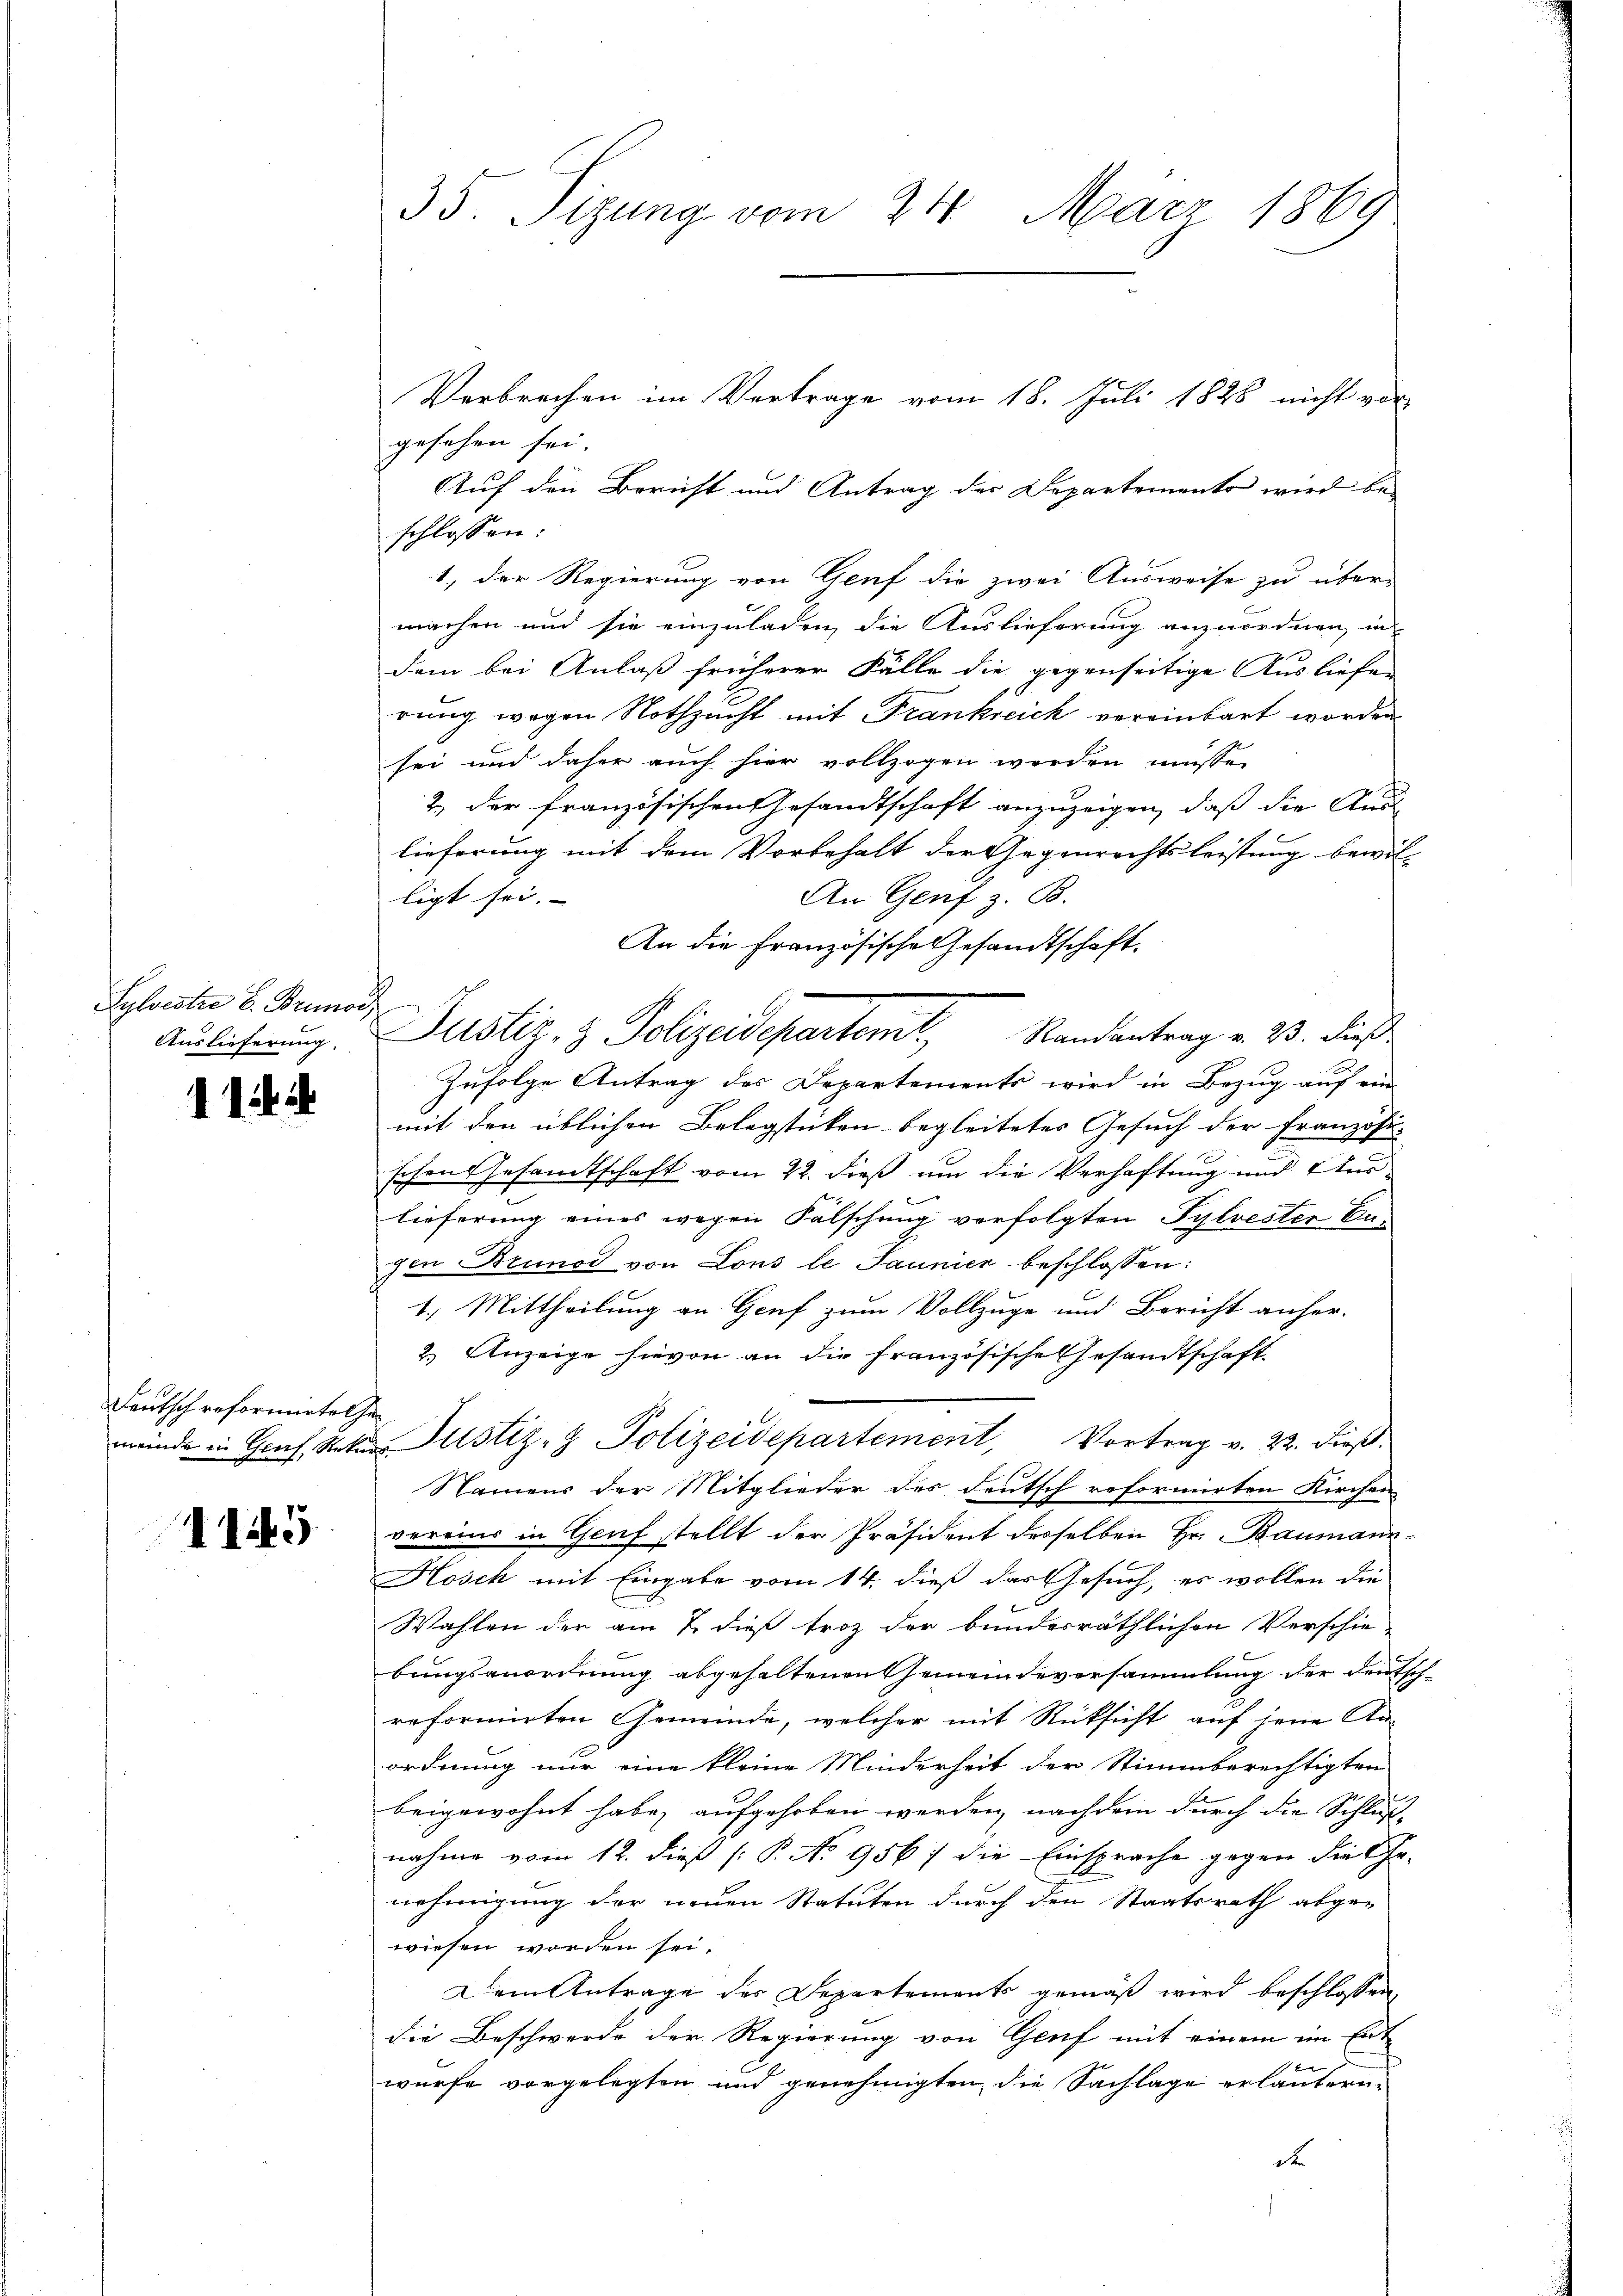
Sylveste E. Brunod,
Auslieferung.

1144

Feutsch reformietet ha

1145

35. Sizung vom 24. März 1869

Verbrechen im Vertrage vom 18. Juli 1828 nicht vor-
gesehen sei.
Auf den Bericht und Antrag des Departemento wird be-
schlossen.
1, der Regierung von Genf die zwei Ausweise zu über-
machen und sie einzuladen, die Auslieferung anzuordnen, in
dem bei Anlaß früherer Fälle die gegenseitige Ausliefen
rung wegen Nothzucht mit Frankreich vereinbart worden
sei und daher auch hier vollzogen werden müsse,
2. der französischen Gesandtschaft anzuzeigen, daß die Aus-
lieferung mit dem Vorbehalt der Gegenrechtsleistung bewil-
ligt sei.
An Genf z. B.
An die Französische Gesandtschaft.
Zufolge Antrag des Departements wird in Bezug auf ein
mit den üblichen Belegsticken begleitetes Gesuch der Französi-
schen Gesandtschaft vom 22. dieß um die Verhaftung und Auslieferung eines wegen Fälschung verfolgten Sylvester Ungen Brunod von Lous le Jaunier beschlossen:
1.) Mittheilung an Genf zum Vollzuge und Bericht anher-
2.) Anzeige hievon an die Französische Gesandtschaft.
mende in Genf, Natur Justiz- & Polizeidepartement, Vortrag v. 22. dieß.
Namens der Mitglieder des deutsch reformirten Kirchen
vereins in Genf stellt der Präsident desselben Hr. Baumann-
Hosch mit Eingabe vom 14. dieß das Gesuch, es wollen die
Wahlen der am 7. dieß Froz der bundesräthlichen Verschiebungsanordnung abgehaltenen Gemeindeversammlung der Deutsch-
reformirten Gemeinde, welcher mit Rücksicht auf jene An-
ordnung nur eine kleine Minderheit der Stimmberechtigten
beigewohnt habe, aufgehoben werden, nachdem durch die Schluß
nahme vom 12. dieß (P. No 956; die Einsprache gegen die Ge-
nehmigung der neuen Statuten durch den Staatsrath abge-
wiesen worden sei.
Dem Antrage des Departements gemäß wird beschlossen,
die Beschwerde der Regierung von Genf mit einem im Ert
würfe vorgelegten und genehmigten die Sachlage erläutern.
de

Justiz- & Polizeidepartemt, Randantrag v. 23. dieß